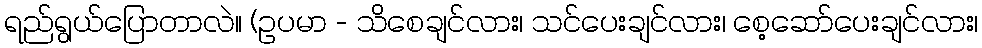
ရည်ရွယ်ပြောတာလဲ။ (ဥပမာ - သိစေချင်လား၊ သင်ပေးချင်လား၊ စေ့ဆော်ပေးချင်လား၊